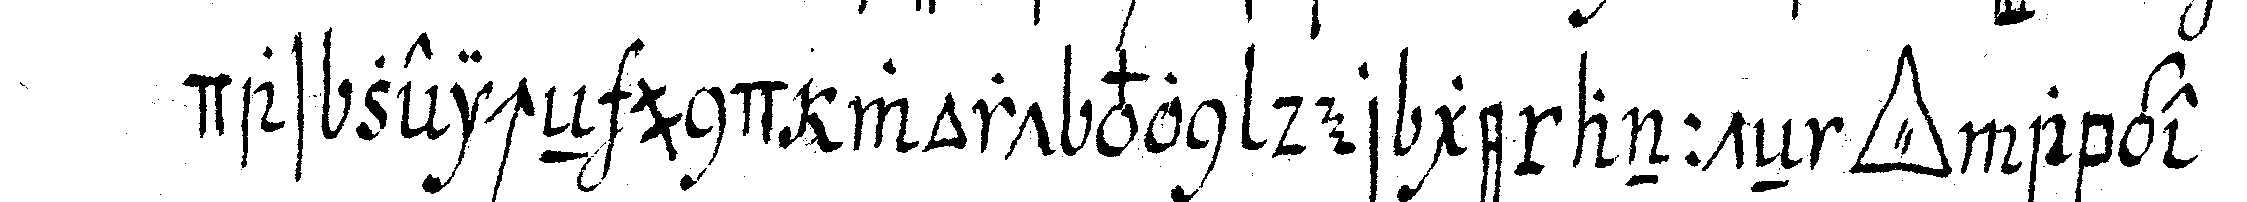
das zeicheN und wort von der genannteN *tri..* abge